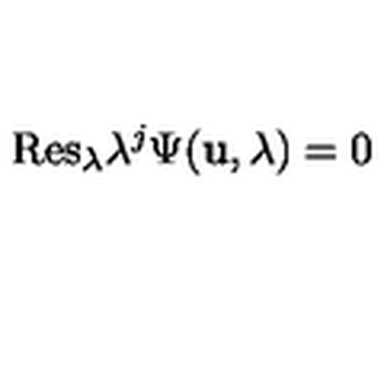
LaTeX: \mathrm { R e s } _ { \lambda } \lambda ^ { j } \Psi ( { \bf u } , \lambda ) = 0